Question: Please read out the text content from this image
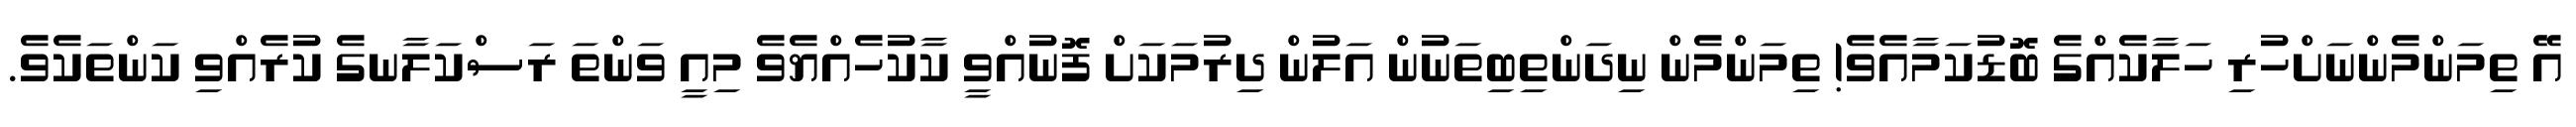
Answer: އޭ ތިމަންމެންނަށްހުރި ހަލާކެއްގެ ބޮޑުކަމާއެވެ! ތިމަންމެން ނިދަންތިބިތަނުން އަލުން ދިރުމަކަށް ފޮނުއްވީ ކާކުހެއްޔެވެ މިއީ ވަންތަ ރަސްކަލާނގެ ކުރެއްވި ކަންތަކެވެ.